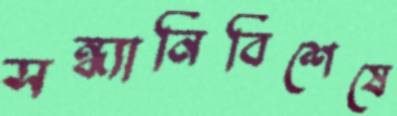
সন্ধ্যানির্বিশেষে